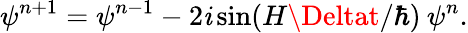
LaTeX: \psi^{n+1}=\psi^{n-1}-2\mathit{i}\sin(H\Deltat/\hbar)\: \psi^{n}.